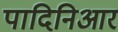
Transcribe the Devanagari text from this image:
पादिनिआर